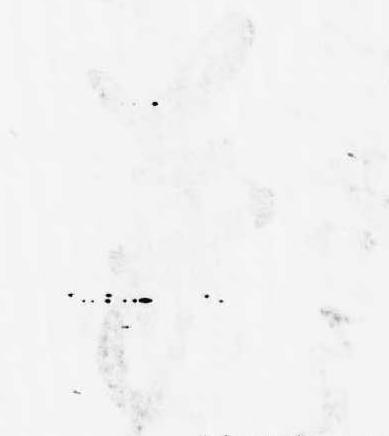
芳